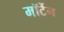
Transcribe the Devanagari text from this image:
मॉर्टेन